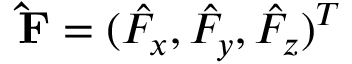
\mathbf { \hat { F } } = ( \hat { F } _ { x } , \hat { F } _ { y } , \hat { F } _ { z } ) ^ { T }